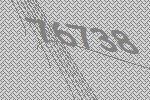
76738